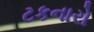
ટકનારો